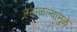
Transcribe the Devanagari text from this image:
हताळल्यामुळे